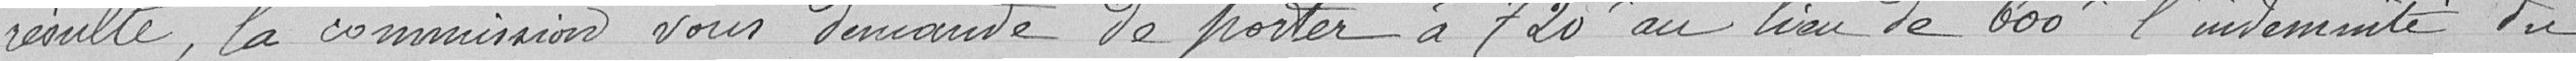
résulte, la commission vous demande de porter à 720 au lieu de 600 l'indemnité du